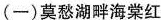
(一)莫愁湖畔海棠红